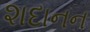
શદાનન